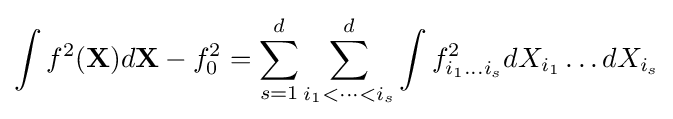
\int f^{2}(\mathbf {X} )d\mathbf {X} -f_{0}^{2}=\sum _{s=1}^{d}\sum _{i_{1}<\dots <i_{s}}^{d}\int f_{i_{1}\dots i_{s}}^{2}dX_{i_{1}}\dots dX_{i_{s}}